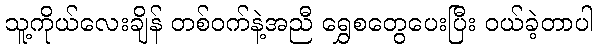
သူ့ကိုယ်လေးချိန် တစ်ဝက်နဲ့အညီ ရွှေစတွေပေးပြီး ဝယ်ခဲ့တာပါ